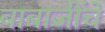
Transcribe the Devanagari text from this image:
बाबाजींचे